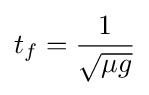
t_{f}={\frac {1}{\sqrt {\mu g}}}